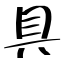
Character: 具